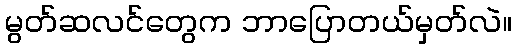
မွတ်ဆလင်တွေက ဘာပြောတယ်မှတ်လဲ။